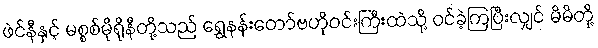
ဖဲင်နီနှင့် မစ္စစ်မိုရိုနီတို့သည် ရွှေနန်းတော်ဗဟိုဝင်းကြီးထဲသို့ ဝင်ခဲ့ကြပြီးလျှင် မိမိတို့